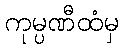
ကုမ္ပဏီထံမှ